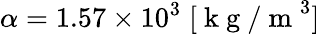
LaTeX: \alpha=1.57\times 10^{3}\; [\mathrm{~k~g~/~m~}^{3}]